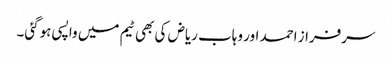
سرفراز احمد اور وہاب ریاض کی بھی ٹیم میں واپسی ہوگئی۔